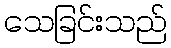
သေခြင်းသည်